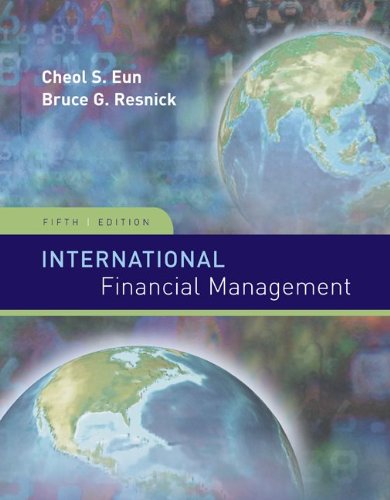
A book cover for International Financial Management (Irwin/McGraw-Hill Series in Finance, Insurance and Real Estate); Cheol Eun; Business & Money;